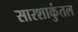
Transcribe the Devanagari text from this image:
सारशाकुंतल